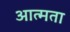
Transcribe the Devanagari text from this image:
आत्मता